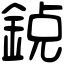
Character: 𨦸